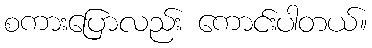
စကားပြောလည်း ကောင်းပါတယ်။